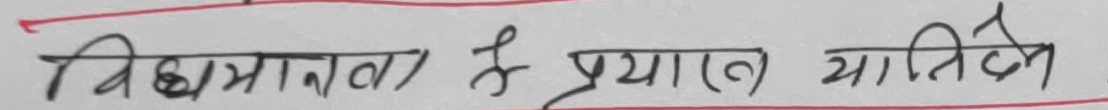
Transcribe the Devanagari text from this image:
विद्वता ते प्रयास यातिने